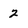
Character: 2